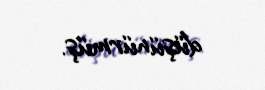
düşünürmüş.